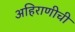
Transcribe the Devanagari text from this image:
अहिराणीची